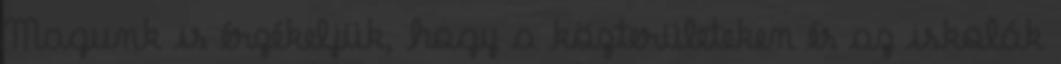
Magunk is érzékeljük, hogy a közterületeken és az iskolák